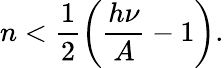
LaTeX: n<\frac{1}{2}\left(\frac{h\nu}{A}-1\right).